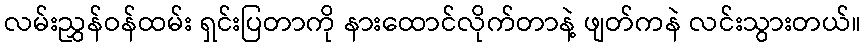
လမ်းညွှန်ဝန်ထမ်း ရှင်းပြတာကို နားထောင်လိုက်တာနဲ့ ဖျတ်ကနဲ လင်းသွားတယ်။